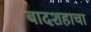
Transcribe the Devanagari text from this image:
बादशहाचा